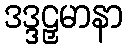
ဒဒ္ဒဠှမာနာ